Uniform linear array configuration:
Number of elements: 4
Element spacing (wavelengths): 0.75
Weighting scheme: uniform
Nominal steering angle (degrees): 15
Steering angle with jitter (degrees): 16.986
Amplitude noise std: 0.05
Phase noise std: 0.05

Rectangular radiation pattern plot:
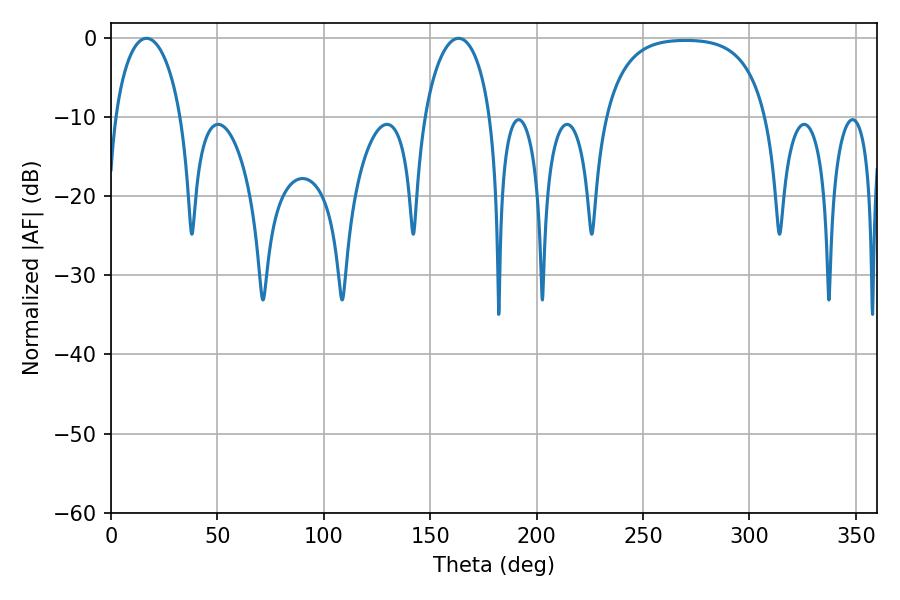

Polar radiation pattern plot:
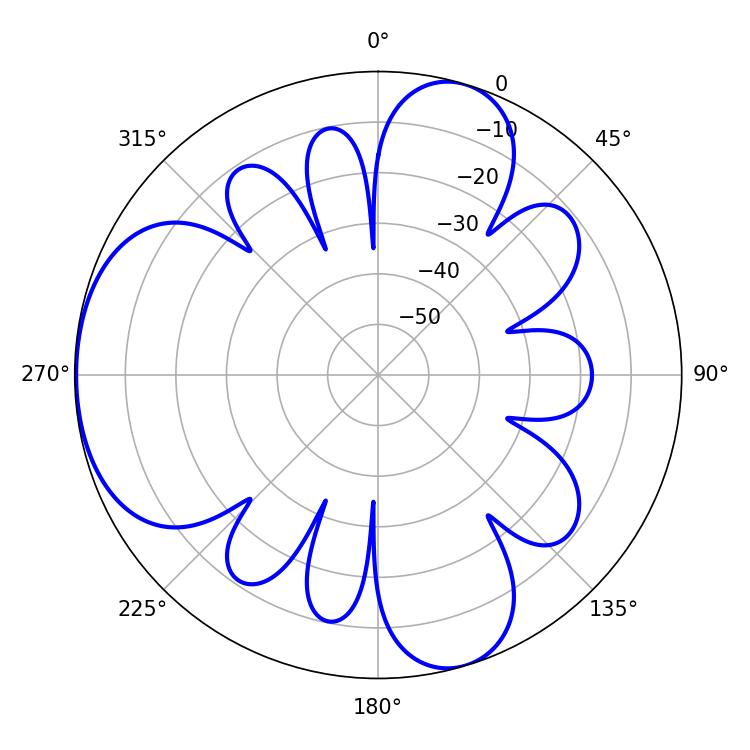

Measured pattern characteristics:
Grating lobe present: TRUE
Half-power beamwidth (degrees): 18
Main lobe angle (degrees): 16.74